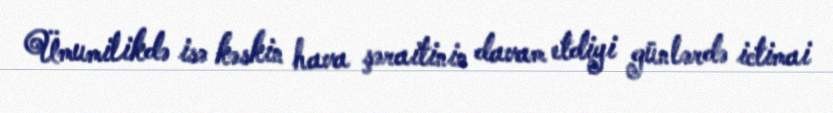
Ümumilikdə isə kəskin hava şəraitinin davam etdiyi günlərdə ictimai